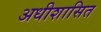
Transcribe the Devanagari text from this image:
अधीशासित